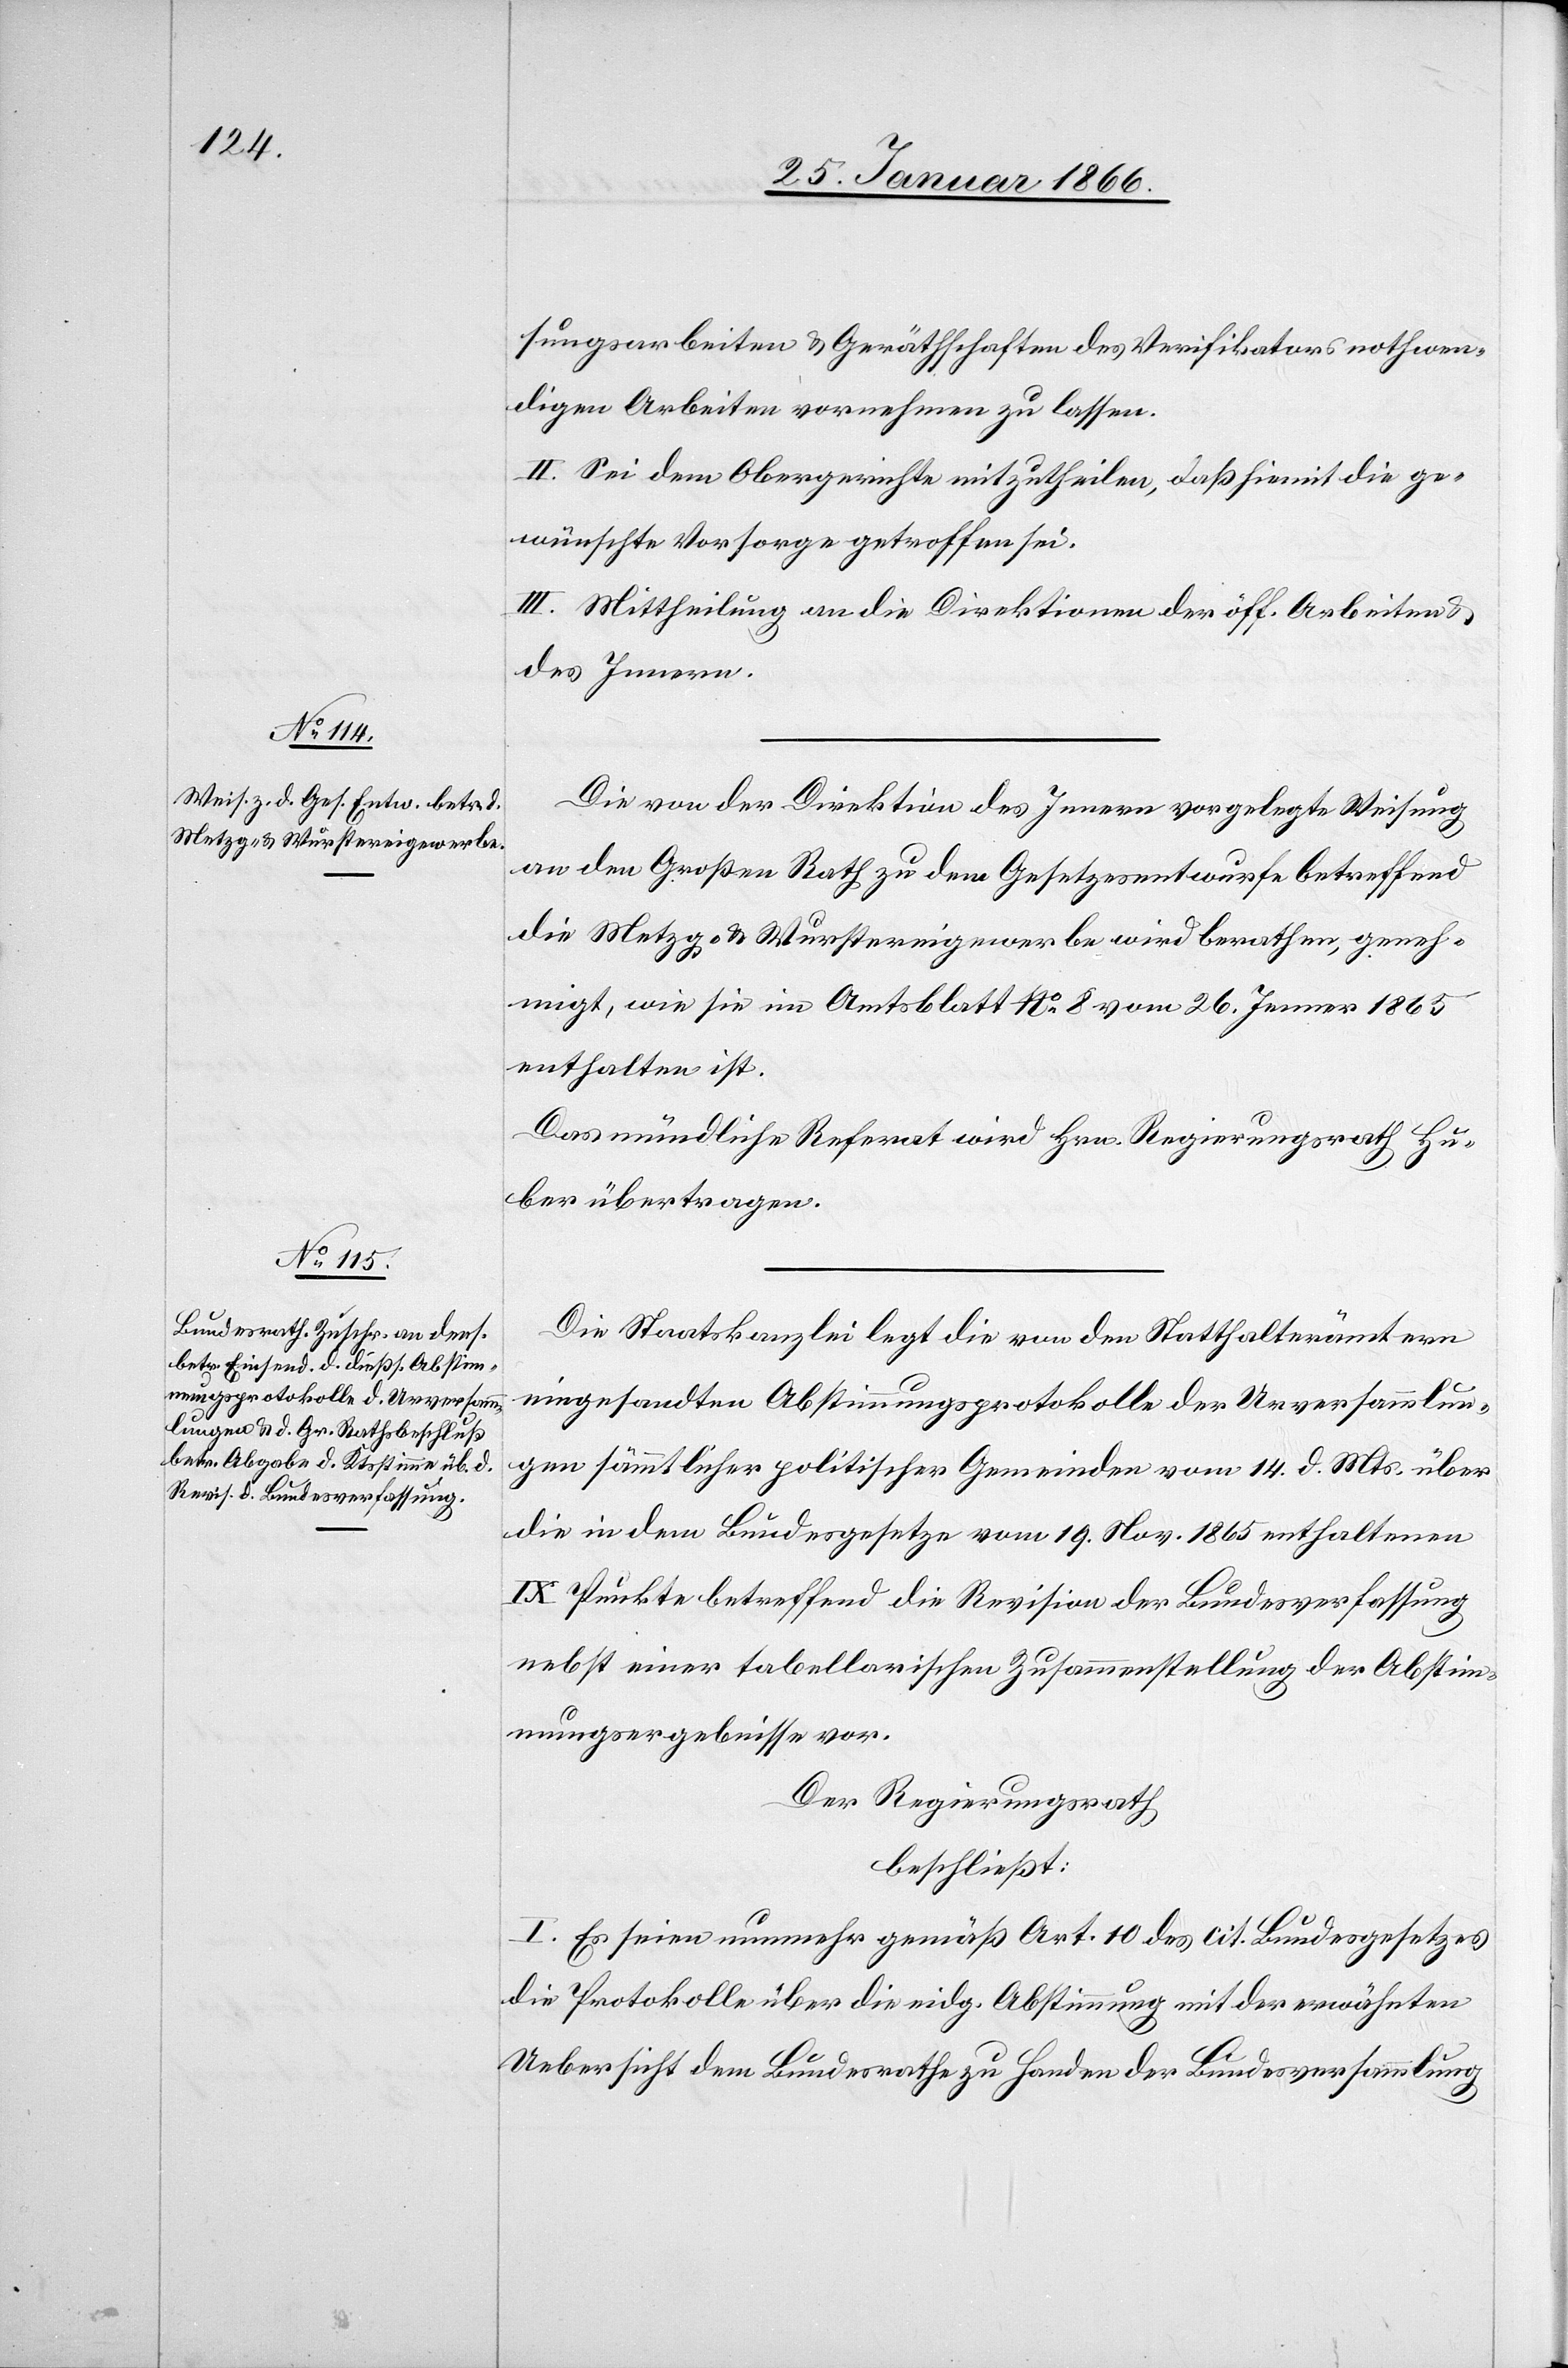
sungsarbeiten u. Gerätschaften des Verifikators nothwen¬
digen Arbeiten vornehmen zu lassen.
II. Sei dem Obergerichte mitzutheilen, daß hiemit die ge¬
wünschte Vorsorge getroffen sei.
III. Mittheilung an die Direktionen der öff. Arbeiten u.
des Innern.
Die von der Direktion des Innern vorgelegte Weisung
an den Großen Rath zu dem Gesetzesentwurfe betreffend
die Metzg- & Wurstereigewerbe wird berathen, geneh¬
migt, wie sie im Amtsblatt No. 8 vom 26. Jenner 1865
enthalten ist.
Das mündliche Referat wird Hr. Regierungsrath Hu¬
ber übertragen.
Die Staatskanzlei legt die von den Statthalterämtern
eingesandten Abstimmungsprotokolle der Urversammlun¬
gen sämmtlicher politischen Gemeinden vom 14. d. Mts. über
die in dem Bundesgesetze vom 19. Nov. 1865 enthaltenen
IX. Punkte betreffend die Revision der Bundesverfassung
nebst einer tabellarischen Zusammenstellung der Abstim¬
mungsergebnisse vor.
Der Regierungsrath,
beschließt:
I. Es seien nunmehr gemäß Art. 10 des cit. Bundesgesetzes
die Protokolle über die eidg. Abstimmung mit der erwähnten
Uebersicht dem Bundesrathe zu Handen der Bundesversammlung